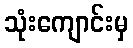
သုံးကျောင်းမှ